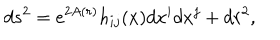
d s ^ { 2 } = e ^ { 2 A ( r ) } h _ { i j } ( x ) d x ^ { i } d x ^ { j } + d r ^ { 2 } ,